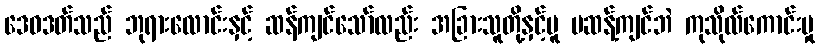
ဒေဝဒတ်သည် ဘုရားလောင်းနှင့် ဆန်ကျင်သော်လည်း အခြားသူတို့နှင့်မူ မဆန့်ကျင်ဘဲ ကုသိုလ်ကောင်းမှု